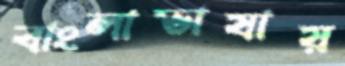
বাংলাভাষায়